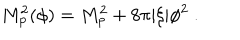
M _ { \mathrm { p } } ^ { 2 } ( \phi ) = M _ { \mathrm { p } } ^ { 2 } + 8 \pi | \xi | \phi ^ { 2 } \ .